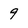
Character: 9